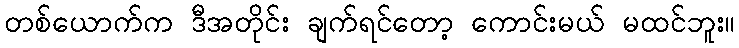
တစ်ယောက်က ဒီအတိုင်း ချက်ရင်တော့ ကောင်းမယ် မထင်ဘူး။